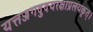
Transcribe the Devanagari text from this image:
यत्तज्जगदुदयरक्षाप्रलयकृत्।